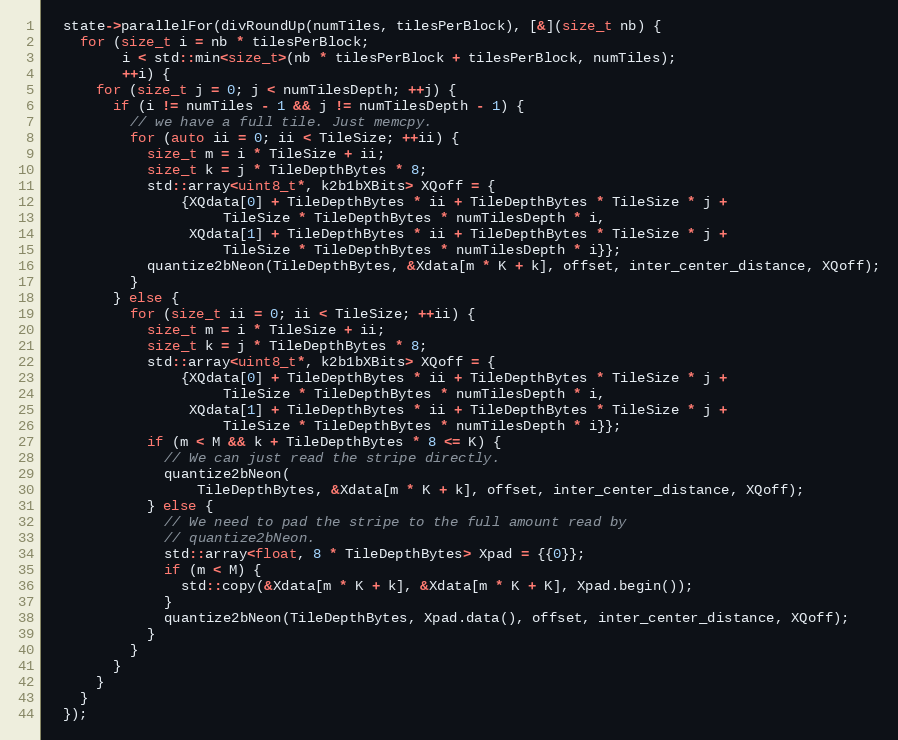
Language: C++
  state->parallelFor(divRoundUp(numTiles, tilesPerBlock), [&](size_t nb) {
    for (size_t i = nb * tilesPerBlock;
         i < std::min<size_t>(nb * tilesPerBlock + tilesPerBlock, numTiles);
         ++i) {
      for (size_t j = 0; j < numTilesDepth; ++j) {
        if (i != numTiles - 1 && j != numTilesDepth - 1) {
          // we have a full tile. Just memcpy.
          for (auto ii = 0; ii < TileSize; ++ii) {
            size_t m = i * TileSize + ii;
            size_t k = j * TileDepthBytes * 8;
            std::array<uint8_t*, k2b1bXBits> XQoff = {
                {XQdata[0] + TileDepthBytes * ii + TileDepthBytes * TileSize * j +
                     TileSize * TileDepthBytes * numTilesDepth * i,
                 XQdata[1] + TileDepthBytes * ii + TileDepthBytes * TileSize * j +
                     TileSize * TileDepthBytes * numTilesDepth * i}};
            quantize2bNeon(TileDepthBytes, &Xdata[m * K + k], offset, inter_center_distance, XQoff);
          }
        } else {
          for (size_t ii = 0; ii < TileSize; ++ii) {
            size_t m = i * TileSize + ii;
            size_t k = j * TileDepthBytes * 8;
            std::array<uint8_t*, k2b1bXBits> XQoff = {
                {XQdata[0] + TileDepthBytes * ii + TileDepthBytes * TileSize * j +
                     TileSize * TileDepthBytes * numTilesDepth * i,
                 XQdata[1] + TileDepthBytes * ii + TileDepthBytes * TileSize * j +
                     TileSize * TileDepthBytes * numTilesDepth * i}};
            if (m < M && k + TileDepthBytes * 8 <= K) {
              // We can just read the stripe directly.
              quantize2bNeon(
                  TileDepthBytes, &Xdata[m * K + k], offset, inter_center_distance, XQoff);
            } else {
              // We need to pad the stripe to the full amount read by
              // quantize2bNeon.
              std::array<float, 8 * TileDepthBytes> Xpad = {{0}};
              if (m < M) {
                std::copy(&Xdata[m * K + k], &Xdata[m * K + K], Xpad.begin());
              }
              quantize2bNeon(TileDepthBytes, Xpad.data(), offset, inter_center_distance, XQoff);
            }
          }
        }
      }
    }
  });